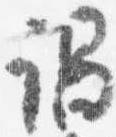
謁